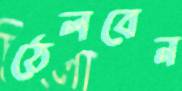
ঠেলবেন